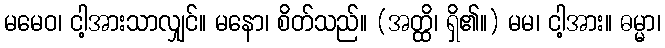
မမေဝ၊ ငါ့အားသာလျှင်။ မနော၊ စိတ်သည်။ (အတ္ထိ၊ ရှိ၏။) မမ၊ ငါ့အား။ ဓမ္မာ၊